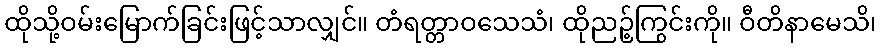
ထိုသို့ဝမ်းမြောက်ခြင်းဖြင့်သာလျှင်။ တံရတ္တာဝသေသံ၊ ထိုညဉ့်ကြွင်းကို။ ဝီတိနာမေသိ၊